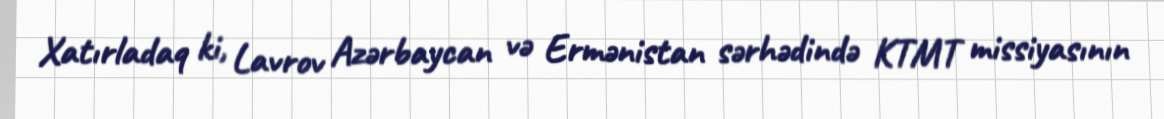
Xatırladaq ki, Lavrov Azərbaycan və Ermənistan sərhədində KTMT missiyasının